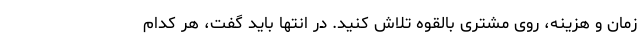
زمان و هزینه، روی مشتری بالقوه تلاش کنید. در انتها باید گفت، هر کدام